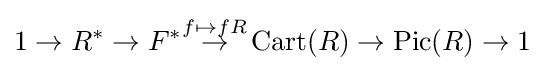
1\to R^{*}\to F^{*}{\overset {f\mapsto fR}{\to }}\operatorname {Cart} (R)\to \operatorname {Pic} (R)\to 1